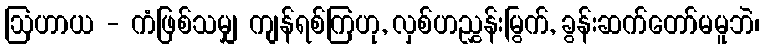
ဩဟာယ - ကံဖြစ်သမျှ ကျန်ရစ်ကြဟု, လှစ်ဟညွှန်းမြွက်, ခွန်းဆက်တော်မမူဘဲ၊